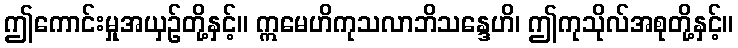
ဤကောင်းမှုအယှဉ်တို့နှင့်။ ဣမေဟိကုသလာဘိသန္ဒေဟိ၊ ဤကုသိုလ်အစုတို့နှင့်။